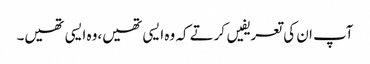
آپ ان کی تعریفیں کرتے کہ وہ ایسی تھیں،وہ ایسی تھیں۔